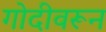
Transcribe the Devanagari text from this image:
गोदीवरून